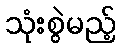
သုံးစွဲမည့်